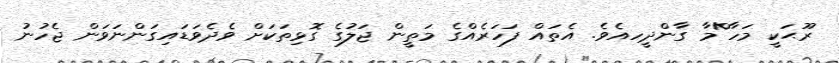
ރޫޙަކީ މަހާ^ްމާ ގާންދީހއެވެ. އެތައް ފަހަރެއްގެ މަތީން ޖަލުގެ ގޮޮޅިތަކަށް ވެދެވަޑައިގަންނަވަން ޖެހުނު